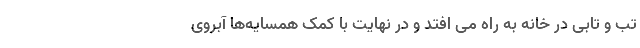
تب و تابی در خانه به راه می افتد و در نهایت با کمک همسایه‌ها آبروی